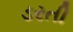
ડરતી